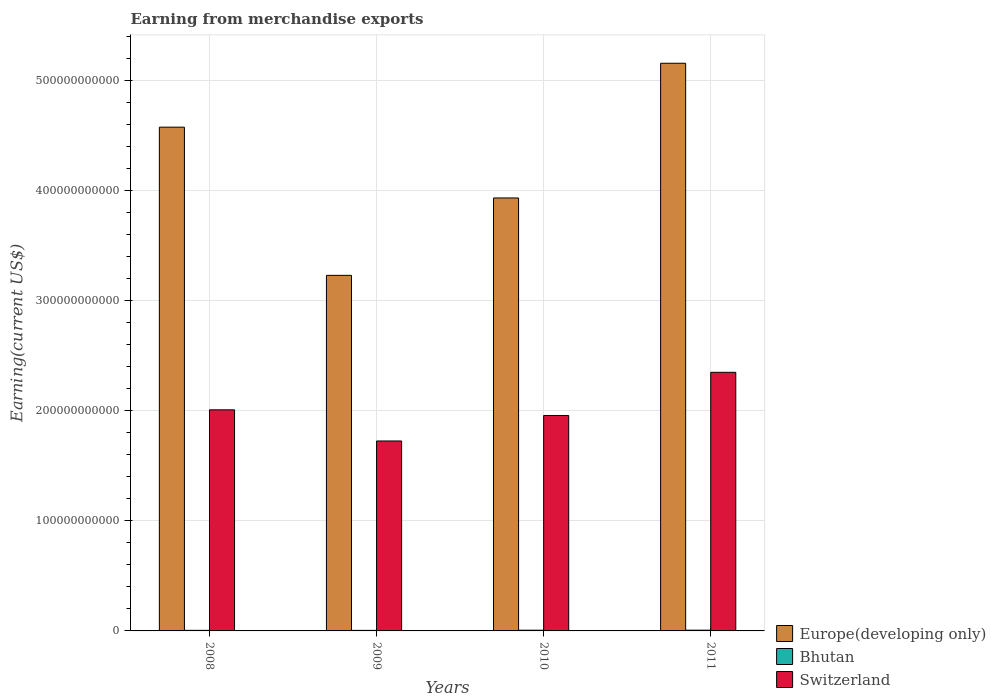
| Years | Europe(developing only) | Bhutan | Switzerland |
 | --- | --- | --- | --- |
 | 2008 | 4.57e+11 | 5.21e+08 | 2.01e+11 |
 | 2009 | 3.23e+11 | 4.96e+08 | 1.72e+11 |
 | 2010 | 3.93e+11 | 6.41e+08 | 1.96e+11 |
 | 2011 | 5.15e+11 | 6.75e+08 | 2.35e+11 |